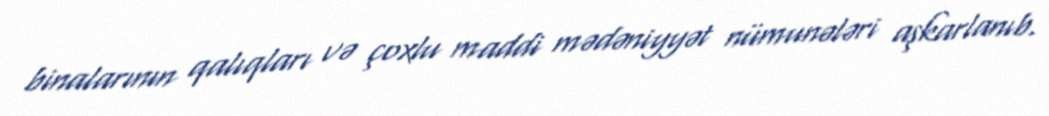
binalarının qalıqları və çoxlu maddi mədəniyyət nümunələri aşkarlanıb.